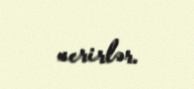
verirlər.